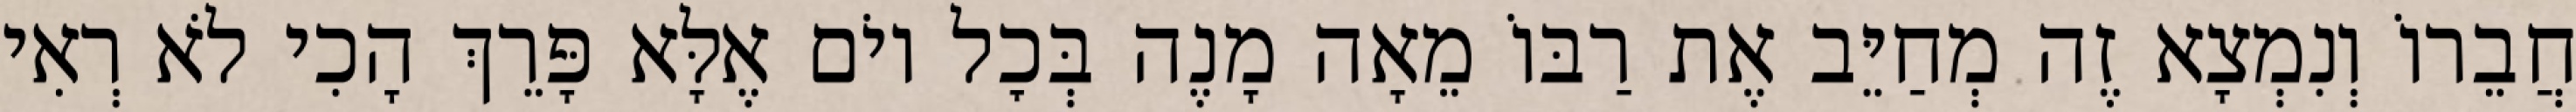
חֲבֵרוֹ וְנִמְצָא זֶה מְחַיֵּב אֶת רַבּוֹ מֵאָה מָנֶה בְּכׇל יוֹם אֶלָּא פָּרֵךְ הָכִי לֹא רְאִי